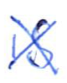
Text: is
Cross-out: mix
Writing tool: ballpoint